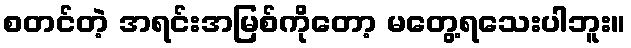
စတင်တဲ့ အရင်းအမြစ်ကိုတော့ မတွေ့ရသေးပါဘူး။